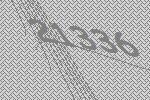
21336